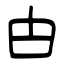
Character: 甴